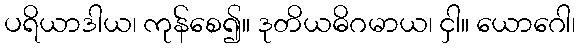
ပရိယာဒါယ၊ ကုန်စေ၍။ ဒုတိယဓိဂမာယ၊ ငှါ။ ယောဂေါ၊